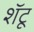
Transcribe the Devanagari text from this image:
शॅटू